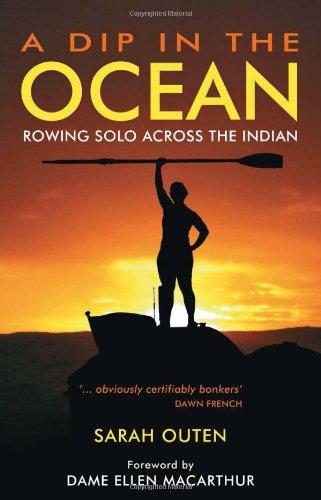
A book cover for A Dip in the Ocean: Rowing Solo Across the Indian; Sarah Outen; Travel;